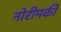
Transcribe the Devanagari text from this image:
नोरीमकी